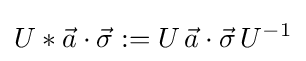
U*{\vec {a}}\cdot {\vec {\sigma }}:=U\,{\vec {a}}\cdot {\vec {\sigma }}\,U^{-1}